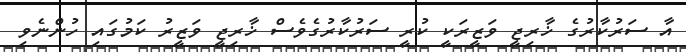
އާ ސަރުކާރުގެ ޚާރިޖީ ވަޒީރަކީ ކުރީ ސަރުކާރުގެވެސް ޚާރިޖީ ވަޒީރު ކަމުގައި ހުންނެވި